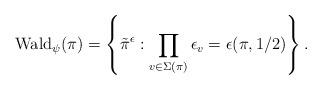
LaTeX: \begin{align*} \mathrm{Wald}_{\psi}(\pi) = \left\lbrace \tilde{\pi}^{\epsilon}: \prod_{v \in \Sigma(\pi)} \epsilon_v = \epsilon(\pi,1/2)\right\rbrace.\end{align*}